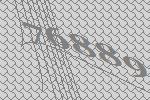
76889